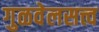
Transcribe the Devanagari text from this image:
गुळवेलसत्त्व